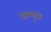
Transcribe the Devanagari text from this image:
सम्भृतः